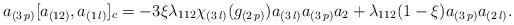
LaTeX: \begin{align*}a_{(3\,p)}[a_{(12)},a_{(1\,l)}]_c&=-3\xi\lambda_{112}\chi_{(3\,l)}(g_{(2\,p)})a_{(3\,l)}a_{(3\,p)}a_2+\lambda_{112 } (1-\xi)a_{(3\,p)}a_{ (2\,l)}.\end{align*}